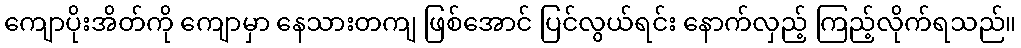
ကျောပိုးအိတ်ကို ကျောမှာ နေသားတကျ ဖြစ်အောင် ပြင်လွယ်ရင်း နောက်လှည့် ကြည့်လိုက်ရသည်။